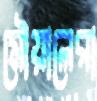
মৌয়ালেরা